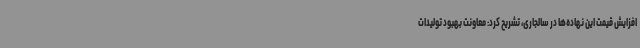
افزایش قیمت این نهاده‌ها در سالجاری، تشریح کرد: معاونت بهبود تولیدات